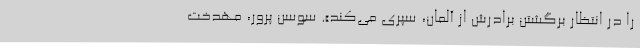
را در انتظار برگشتن برادرش از آلمان، سپری می‌کند». سوسن پرور، مهدخت